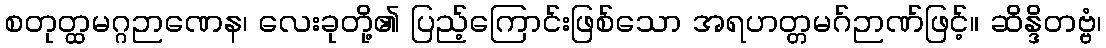
စတုတ္ထမဂ္ဂဉာဏေန၊ လေးခုတို့၏ ပြည့်ကြောင်းဖြစ်သော အရဟတ္တမဂ်ဉာဏ်ဖြင့်။ ဆိန္ဒိတဗ္ဗံ၊